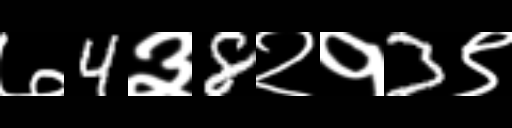
Text: ७4३8२१3९